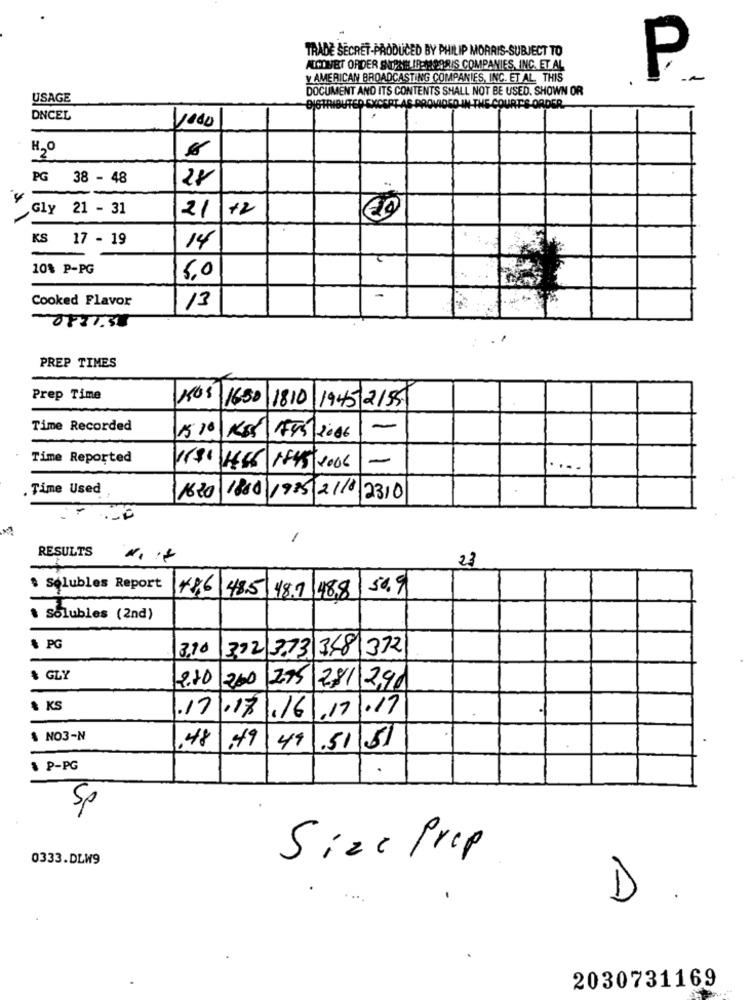
TRADE SECRET-PRODUCED BY PHILIP MORRIS-SUBJECT TO
ALCDVET ORDER SHIPNEL IP:MORRIS COMPANIES, INC. ET AL
y AMERICAN BROADCASTING COMPANIES, INC. ET AL. THIS
P
DOCUMENT AND ITS CONTENTS SHALL NOT BE USED. SHOWN OR
USAGE
DISTRIBUTED EXCEPT AS PROVIDED IN THE COURT'S ORDER.
DNCEL
H20
PG 38 - 48
28
Gly 21 - 31
21 +2
KS 17 - 19
14
10% P-PG
5,0
Cooked Flavor
13
PREP TIMES
Prep Time
NOS 1650
1810
1945 2155
Time Recorded
1510
-
KsSF/5/2006
Time Reported
-
#6 1845 2006
...
. Time Used
16.20
1800/1985 2110 2310
1
RESULTS
23
$ Solubles Report
50.9
+86 485 48.7 48.8
$ Solubles (2nd)
& PG
3,70
392 3.73 348 372
$ GLY
2.70
200
275
281 290
$ KS
.17
1.17
1.17
.17/.16
$ NO3-N
48
,49
49
1.51
51
& P-PG
.
Sp
0333.DLW9
Size Prop
D
2030731169